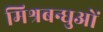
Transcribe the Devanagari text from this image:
मिश्रबन्धुओं